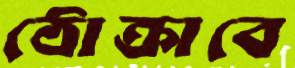
ঠোক্‌রাবে